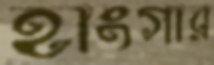
হাংগার